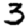
Digit: 3